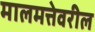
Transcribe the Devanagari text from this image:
मालमत्तेवरील